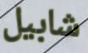
شابيل